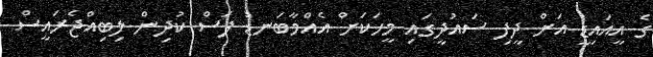
ގެ އީއައިޑީ އަށް ދީފި ސައުދީގައި މީހަކަށް އެއްމާބަނޑު ފަސް ކުދިން ލިބިއްޖެރައީސް